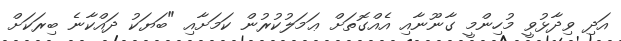
އަދި ވިދާޅުވީ މުހިންމީ ގާނޫނާއި އެއްގޮތަށް ޢަމަލުކުރުން ކަމަށާއި "ބަޔަކު ދައްކާނެ ބިރަކަށް